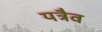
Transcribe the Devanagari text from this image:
यत्रैव